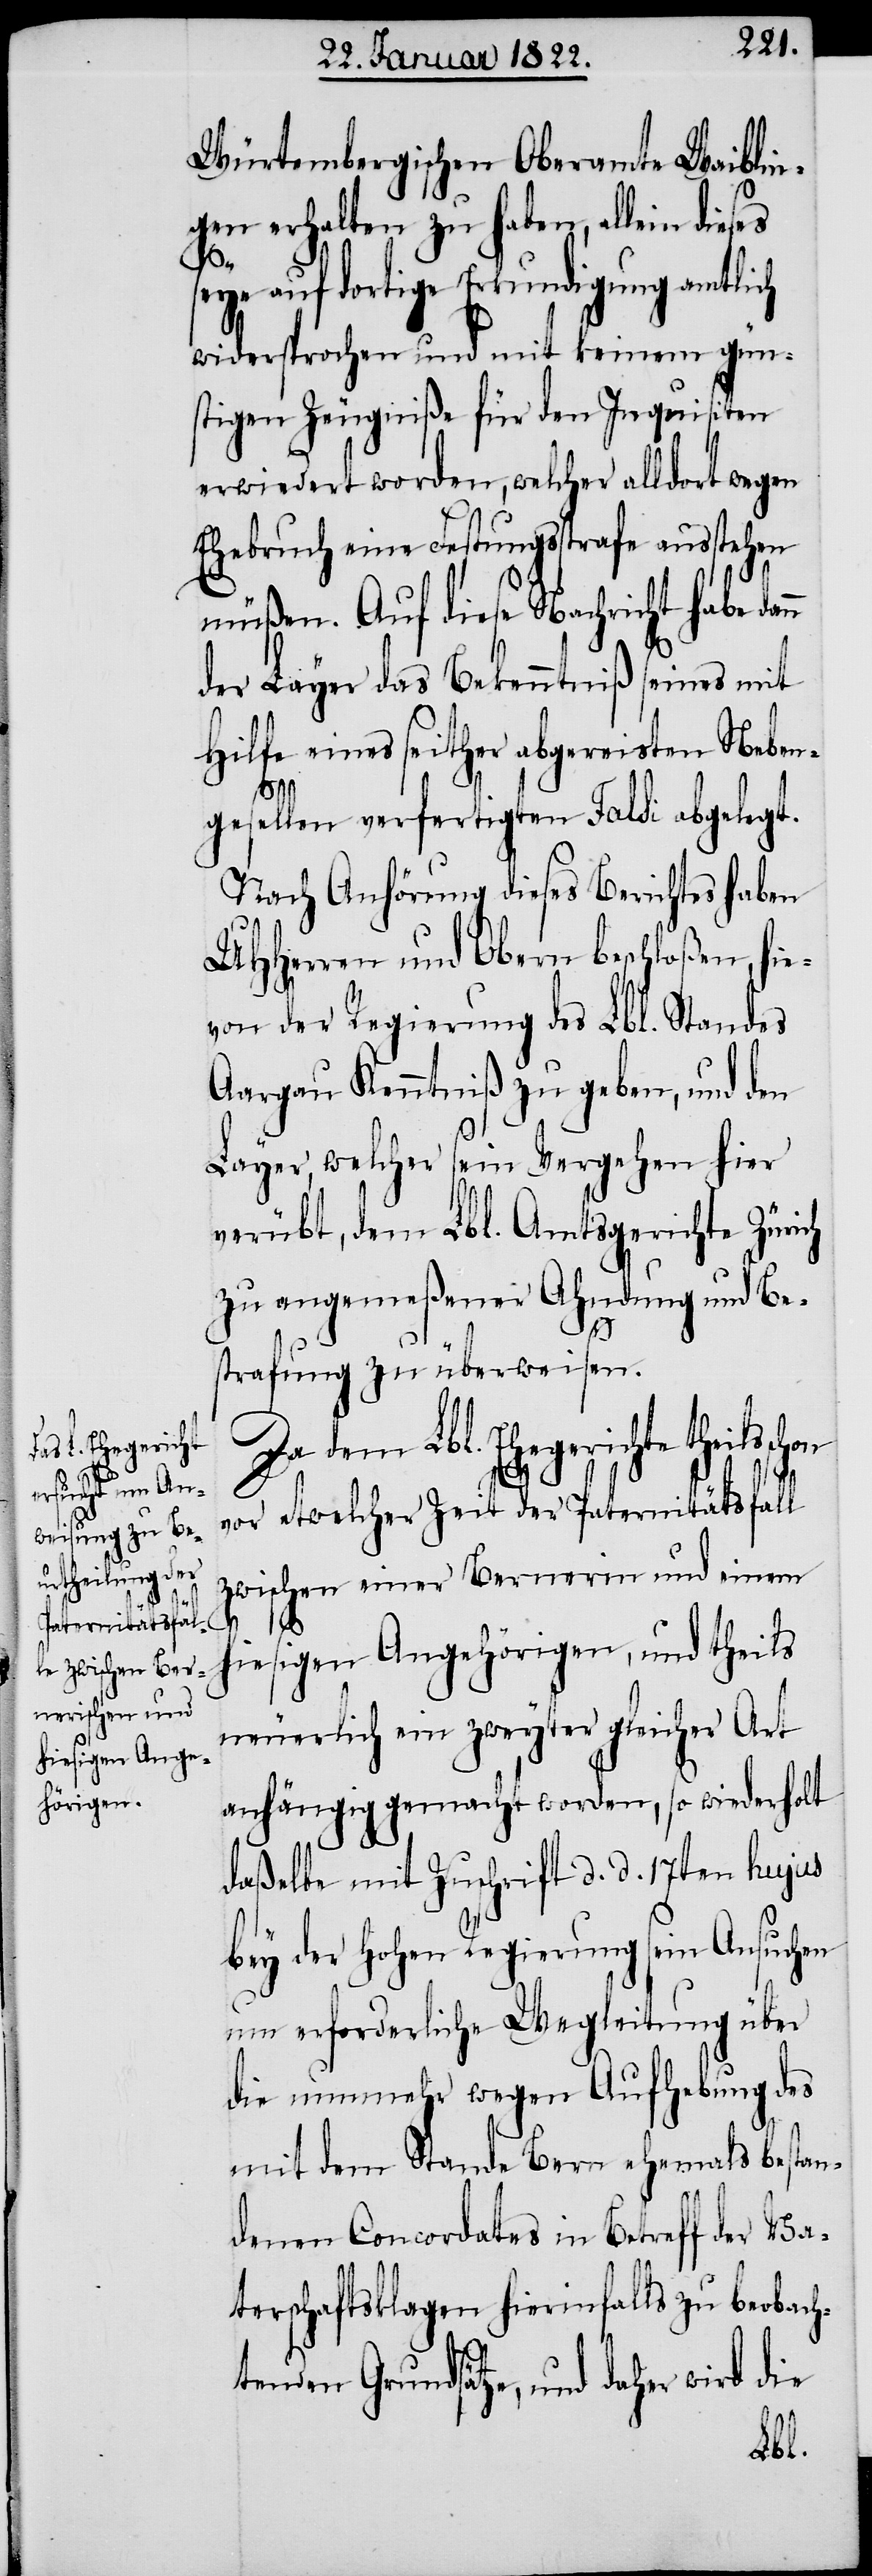
Würtembergischen Oberamte Waiblin¬
gen erhalten zu haben, allein dieses
seye auf dortige Erkundigung amtlich
widersprochen und mit keinem gün¬
stigen Zeugniße für den Inquisiten
erwiedert worden, welcher alldort wegen
Ehebruch eine Festungsstrafe ausstehen
müßen. Auf diese Nachricht habe da¬
der Layer das Bekenntniß seines mit
Hilfe eines seither abgereisten Neben¬
gesellen verfertigten Falsi abgelegt.
Nach Anhörung dieses Berichtes haben
UHHerren und Obern beschloßen, hie¬
von der Regierung des Lbl. Standes
Aargau Kenntniß zu geben, und den
Layer, welcher sein Vergehen hier
verübt, dem Lbl. Amtsgerichte Zürich
zu angemeßener Ahndung und Be¬
strafung zu überweisen.
Da dem Lbl. Ehegerichte theils
vor etwelcher Zeit der Paternitätsfall
zwischen einer Bernerin und einem
nn
hiesigen Angehörigen, und theils
neuerlich ein zweyter gleicher Art
anhängig gemacht worden, so wiederholt
daßelbe mit Zuschrift d. d. 17ten hujus
bey der hohen Regierung sein Ansuchen
um erforderliche Wegleitung über
die nunmehr wegen Aufhebung des
mit dem Stande Bern ehemals bestan¬
denen Concordates in Betreff der Va¬
terschaftsklagen hierinfalls zu beobach¬
tenden Grundsätze, und daher wird die